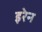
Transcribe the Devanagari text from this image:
इरेन